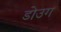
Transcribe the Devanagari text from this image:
डोउग